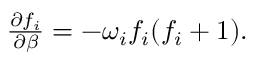
\begin{array} { r } { \frac { \partial f _ { i } } { \partial \beta } = - \omega _ { i } f _ { i } ( f _ { i } + 1 ) . } \end{array}